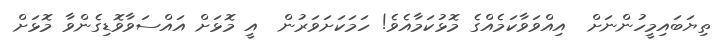
ތިޔަބައިމީހުންނަށް  އިއްވަވާކަމެއްގެ މޮޅުކަމާއެވެ! ހަމަކަށަވަރުން  އީ މޮޅަށް އައްސަވާވޮޑިގެންވާ މޮޅަށް